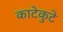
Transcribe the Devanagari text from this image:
काटेकुटे